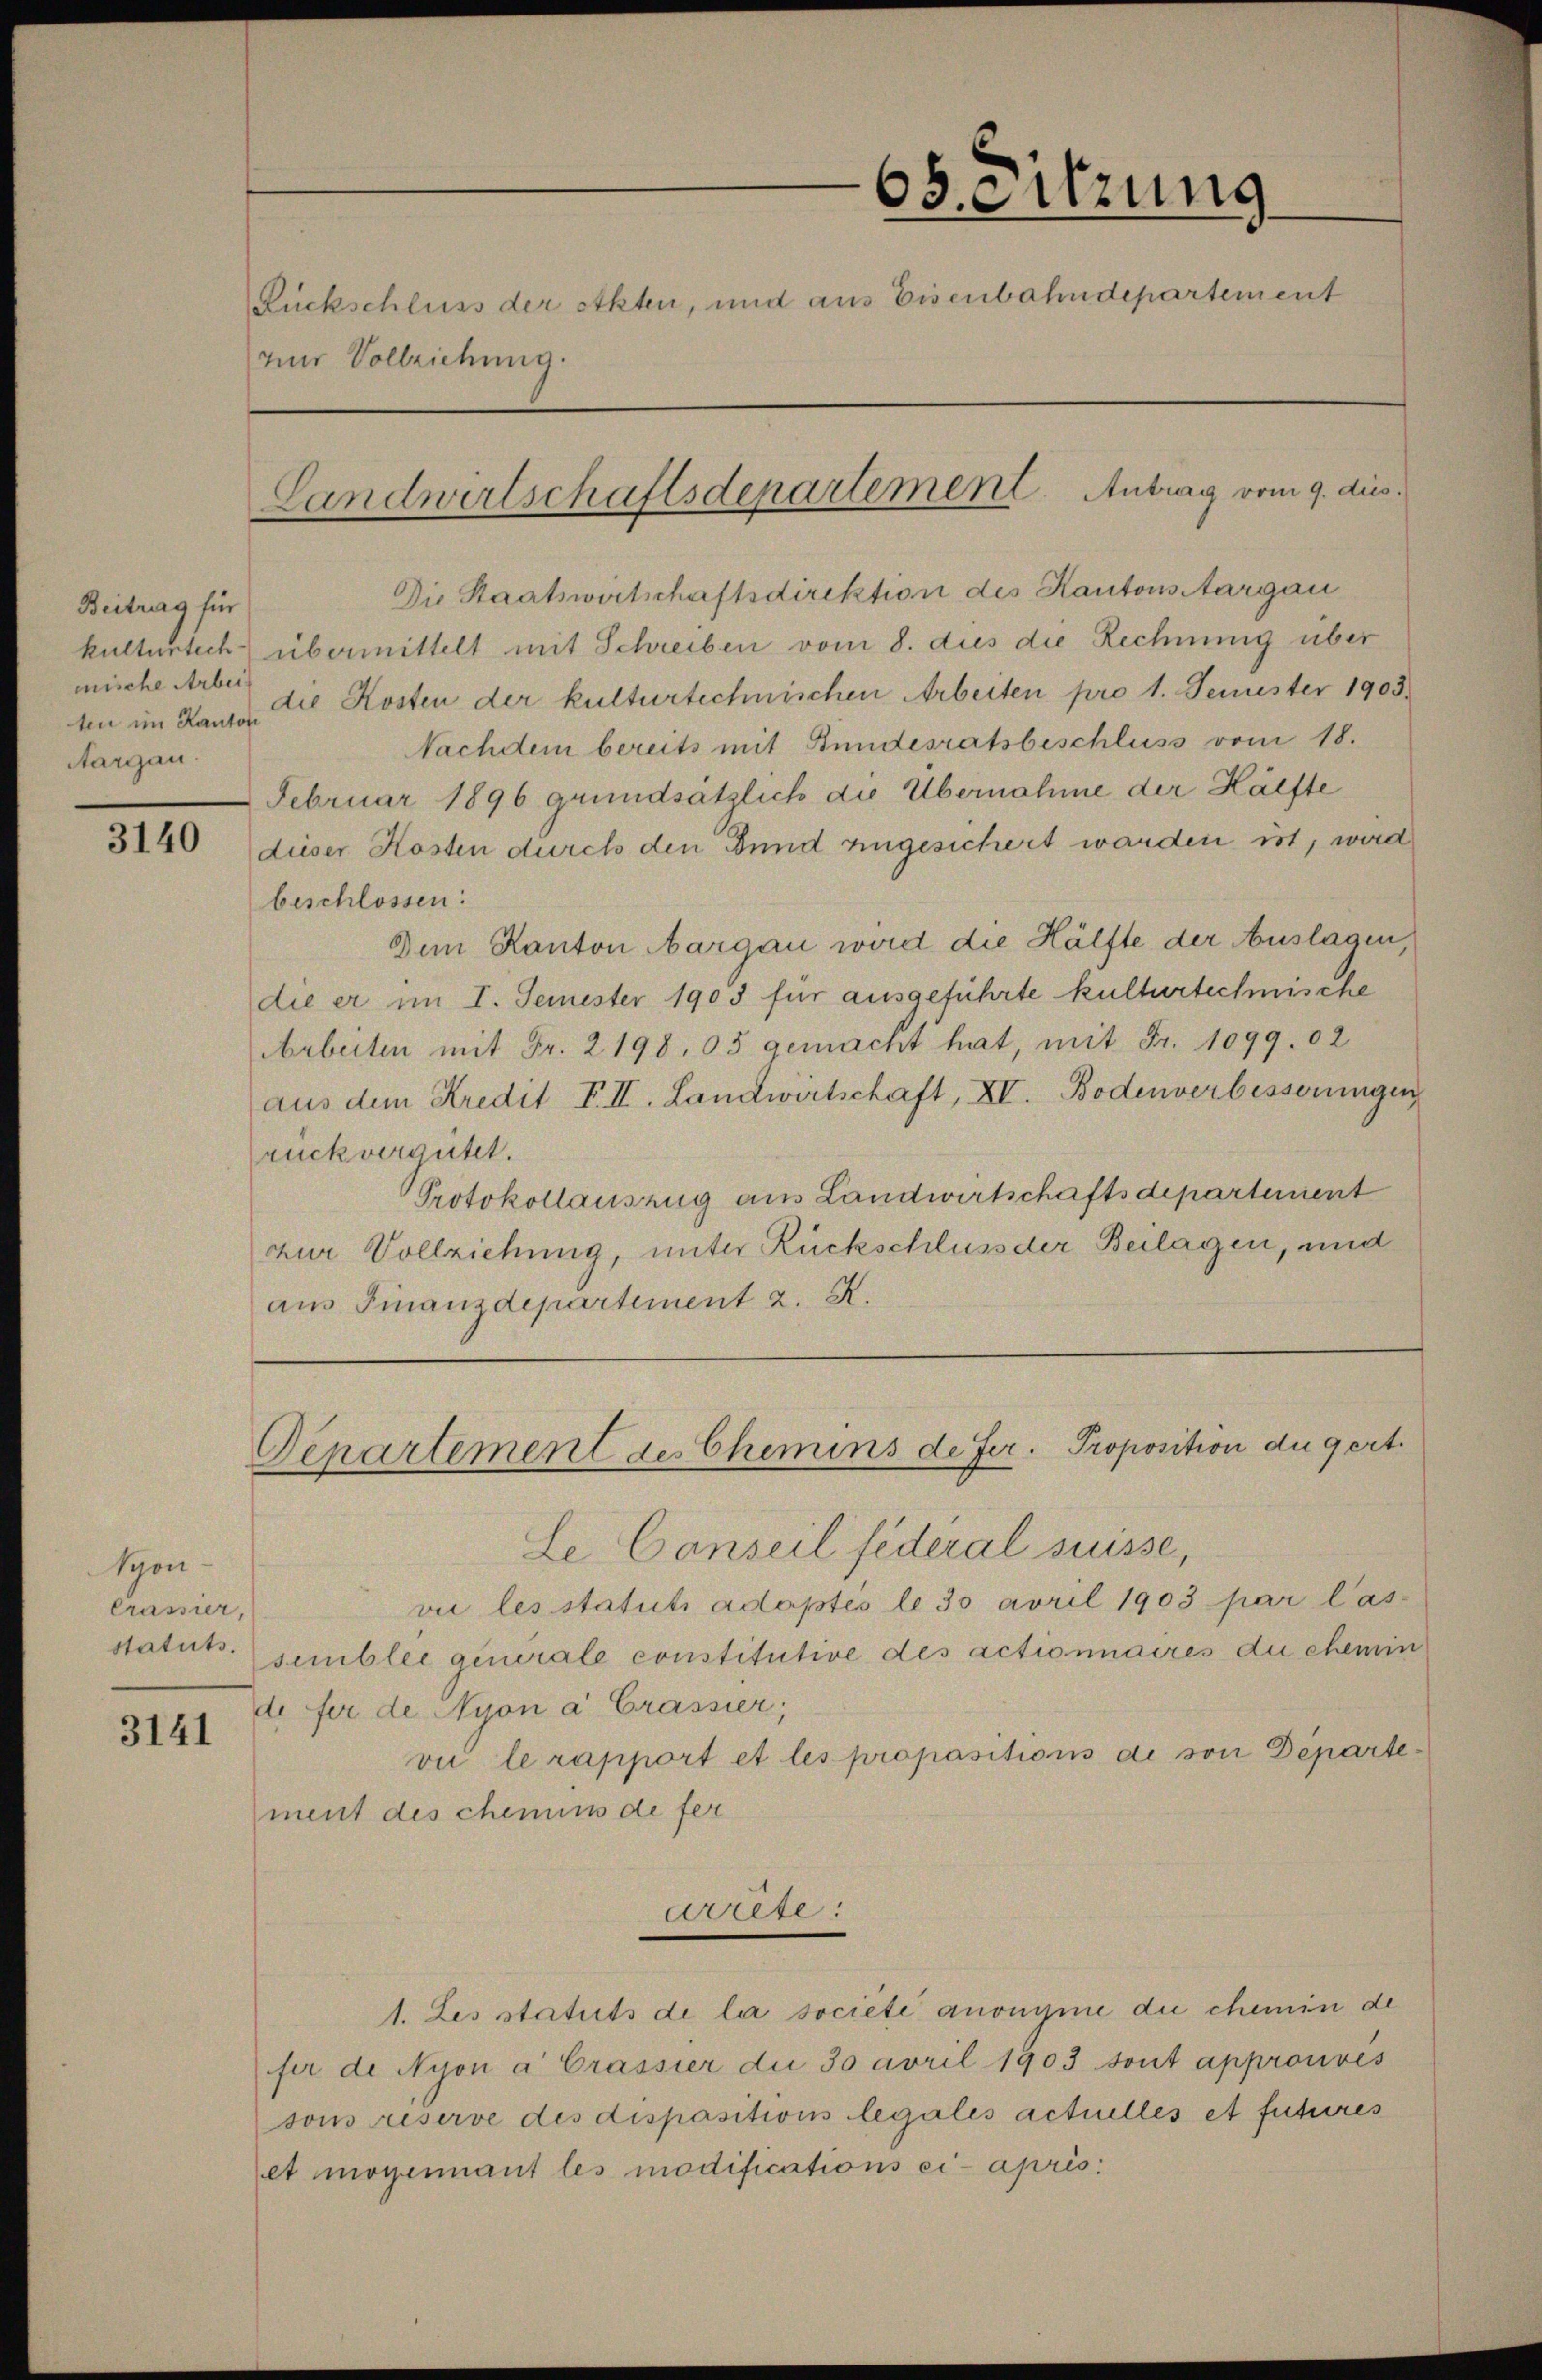
Beitrag für
mische Arbei
Aargau.

3140

Syon
Crassier,

3141

6ssitzung
Rückschluß der etkten, und aus Eisenbahndepartement
nur Vollziehung.
Landwirtschaftsdepartement Antrag vom 9. dies

Departement des Chemins de Fer. Proposition du gert.

Die Staatswirtschaftsdirektion des Kantons Aargau
kulturtech übermittelt mit Schreiben vom 8. dies die Rechnung über
ten im Kanze del Kosten der kulturtechnischen Arbeiten pro 1. Femester 1903.
Nachdem bereits mit Bundesratsbeschluss vom 18.
Februar 1896 grundsätzlich die Übernahme der Hälfte
dieser Kosten durch den Bund eingesichert werden ist, wird
beschlossen:
Dem Kanton Aargau wird die Hälfte der Auslagen,
die er im I. Semester 1903 für ausgeführte kulturtechische
Arbeiten mit Fr. 2198, 05 gemacht hat, mit Fr. 1099. 02
aus dem Kredit VII. Landwirtschaft, XV. Bodenverbesserungen
rückvergütet.
Protokollauszug aus Landwirtschaftsdepartement
zur Vollziehung, unter Rückschluss der Beilagen, und
aus Finanzdepartement 2. X.

Le Conseil fédéral suisse,
vie les statuti adoptés le 30 avril 1903 par las-
statuts. semblec generale constitutive des actionnaires du chemin
de fer de Nyon a Crassier;
vii le rapport et les propositions de son Departement des chemins de fer
arrte:
1. Les statuts de la societe anonyme die chemin de
fer de Nyon a Crassier die 30 avril 1903 sont approuvés
sous riserve des dispositions legales actuelles et fuhres
et mogennant les modifications ci-après